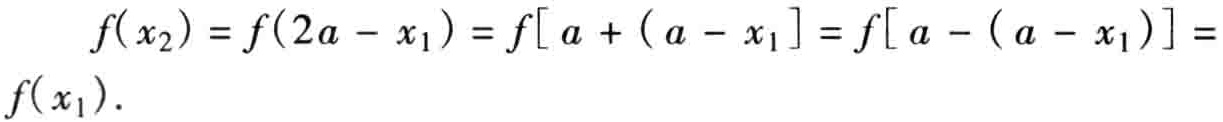
\[

\begin{align*}

f(x_{2})&=f(2a - x_{1})=f[a+(a - x_{1}]=f[a-(a - x_{1})]=\\

f(x_{1})&.

\end{align*}

\]